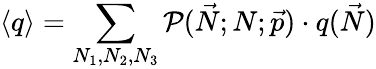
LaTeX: \langle q\rangle=\sum_{N_{1},N_{2},N_{3}}\mathcal{P}(\vec{N};N;\vec{p})\cdot q(\vec{N})